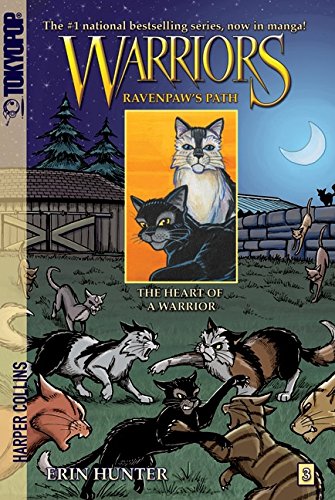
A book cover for Warriors: Ravenpaw's Path #3: The Heart of a Warrior (Warriors Manga); Erin Hunter; Children's Books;